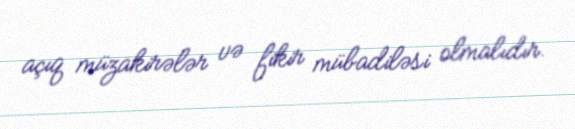
açıq müzakirələr və fikir mübadiləsi olmalıdır.